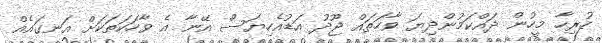
ހުރިހާ މީހުން ދައްކަމުންދިޔަ ވާހަތައް ޖޫދު އަޑުއެހިޔަސް އޭނާ އެ ވާހަކަތަކަށް އަނގައެއް